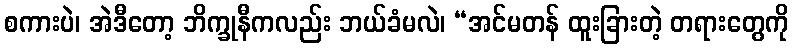
စကားပဲ၊ အဲဒီတော့ ဘိက္ခုနီကလည်း ဘယ်ခံမလဲ၊ “အင်မတန် ထူးခြားတဲ့ တရားတွေကို